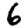
Digit: 6